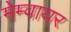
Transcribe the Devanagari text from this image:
मेम्वायर